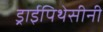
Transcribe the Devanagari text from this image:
ड्राईपिथेसीनी